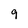
Character: 9